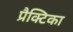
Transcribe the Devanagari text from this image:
प्रैक्टिका